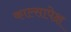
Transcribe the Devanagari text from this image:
काल्सापेक्ष